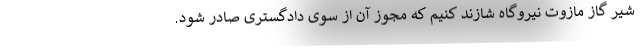
شیر گاز مازوت نیروگاه شازند کنیم که مجوز آن از سوی دادگستری صادر شود.